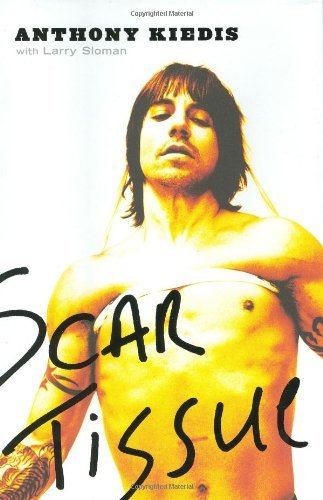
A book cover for Scar Tissue by Kiedis, Anthony [Hardcover]; Anthony.. Kiedis; Cookbooks, Food & Wine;